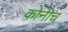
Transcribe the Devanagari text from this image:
कोनीच